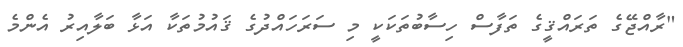
"ރާއްޖޭގެ ތަރައްޤީގެ ތަަފާސް ހިސާބުތަކަކީ މި ސަރަހައްދުގެ ޤައުމުތަކާ އަޅާ ބަލާއިރު އެންމެ